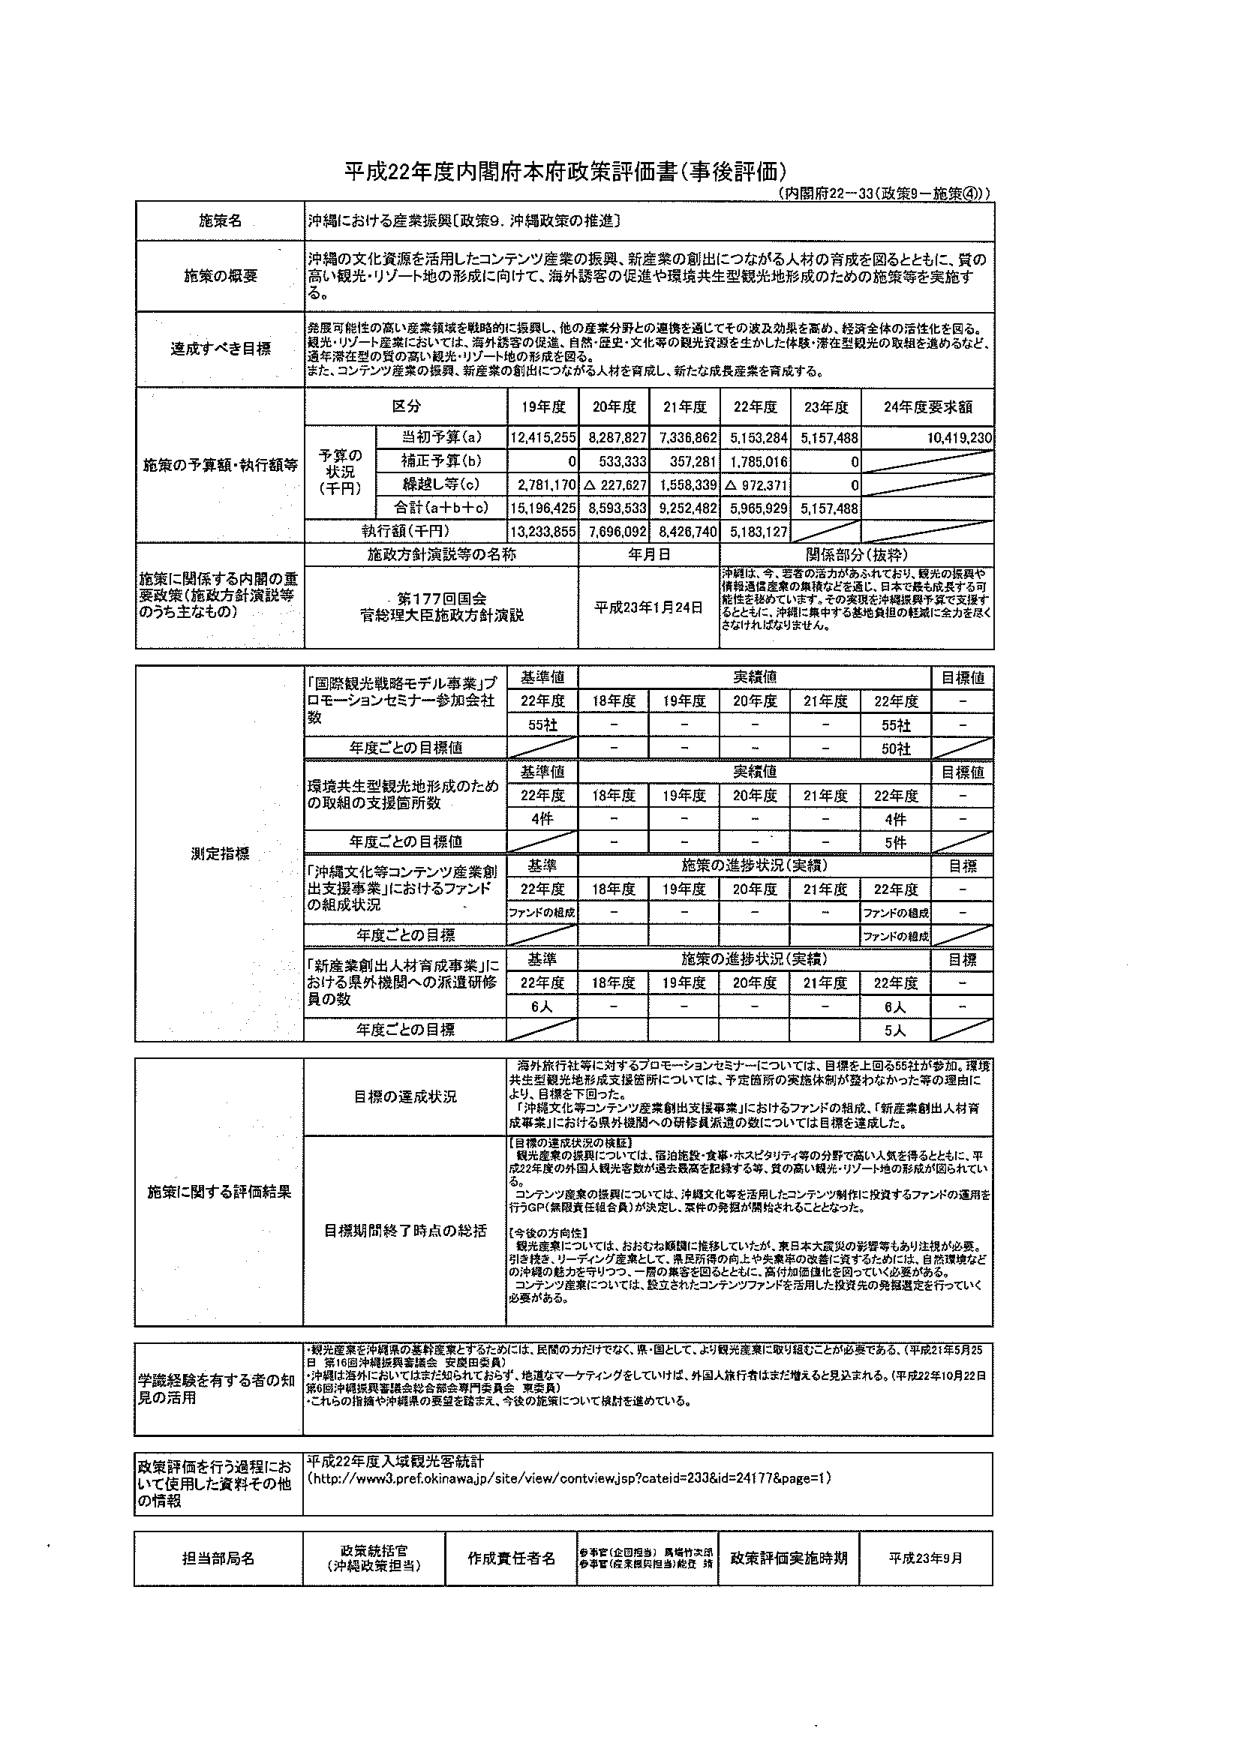
平成22年度内閣府本府政策評価書（事後評価）
（内閣府22－33（政策9－施策⑨））

施策名
沖縄における産業振興〔政策9．沖縄政策の推進〕

施策の概要
沖縄の文化資源を活用したコンテンツ産業の振興、新産業の創出につながる人材の育成を図るとともに、質の高い観光・リゾート地の形成に向けて、海外誘客の促進や環境共生型観光地形成のための施策等を実施する。

達成すべき目標
発展可能性の高い産業領域を戦略的に振興し、他の産業分野との連携を通じてその波及効果を高め、経済全体の活性化を図る。観光・リゾート産業においては、海外誘客の促進、自然・歴史・文化等の観光資源を生かした体験・滞在型観光の取組を進めるとともに、過年度型の質の高い観光・リゾート地の形成を図る。また、コンテンツ産業の振興、新産業の創出につながる人材を育成し、新たな成長産業を育成する。

施策の予算額・執行額等
区分 19年度 20年度 21年度 22年度 23年度 24年度要求額
予算の状況（千円）
当初予算（a） 12,415,255 8,287,827 7,336,862 5,153,284 5,157,498 10,419,230
補正予算（b） 0 533,333 357,281 1,785,016 0
繰越し等（c） 2,781,170 △ 227,627 1,558,339 △ 972,371 0
合計（a＋b＋c） 15,196,425 8,593,533 9,252,482 5,965,929 5,157,498
執行額（千円） 13,233,855 7,696,092 8,426,740 5,183,127

施策に関係する内閣の重要政策（施政方針演説等のうち主なもの）
施政方針演説等の名称 年月日 関係部分（抜粋）
第177回国会 官房長官大臣施政方針演説 平成23年1月24日 沖縄は、今、若者の活力がふされており、観光の振興や情報通信産業の集積などを通じ、日本で最も成長する可能性を秘めています。その実現を沖縄振興予算で支援するとともに、沖縄に集中する基地負担の軽減に全力を尽くさなければなりません。

測定指標
「国際観光戦略モデル事業」プロモーションセミナー参加会社数
基準値 実績値 目標値
22年度 18年度 19年度 20年度 21年度 22年度
55社 － － － － 55社 －
年度ごとの目標値 － － － － － 50社

環境共生型観光地形成のための取組の支援箇所数
基準値 実績値 目標値
22年度 18年度 19年度 20年度 21年度 22年度
4件 － － － － 4件 －
年度ごとの目標値 － － － － － 5件

「沖縄文化等コンテンツ産業創出支援事業」におけるファンドの組成状況
基準値 施策の進捗状況（実績） 目標
22年度 18年度 19年度 20年度 21年度 22年度
ファンドの組成 － － － － － ファンドの組成 －
年度ごとの目標 ファンドの組成

「新産業創出人材育成事業」における県外機関への派遣研修員の数
基準値 施策の進捗状況（実績） 目標
22年度 18年度 19年度 20年度 21年度 22年度
6人 － － － － 6人 －
年度ごとの目標 5人

施策に関する評価結果
目標の達成状況
海外旅行社等に対するプロモーションセミナーについては、目標を上回る55社が参加。環境共生型観光地形成支援箇所については、予定箇所の実施体制が整わなかった等の理由により、目標を下回った。「沖縄文化等コンテンツ産業創出支援事業」におけるファンドの組成、「新産業創出人材育成事業」における県外機関への研修員派遣の数については目標を達成した。

目標期間終了時点の総括
【目標の達成状況の概要】
観光産業の振興については、宿泊施設・食事・ホスピタリティ等の分野で高い人気を得るとともに、平成22年度の外国人観光客数が過去最高を記録する等、質の高い観光・リゾート地の形成が図られている。
コンテンツ産業の振興については、沖縄文化等を活用したコンテンツ制作に投資するファンドの運用を行うGP（無限責任組合員）が決定し、案件の発掘が開始されることとなった。
【今後の方向性】
観光産業については、おおむね順調に推移していたが、東日本大震災の影響等もあり注視が必要。引き続き、リゾート産業として、県民所得の向上や若年層の就職に資するためには、自然環境などの沖縄の魅力を守りつつ、一層の集客を図るとともに、高付加価値化を図っていく必要がある。コンテンツ産業については、設立されたコンテンツファンドを活用した投資先の発掘選定を行っていく必要がある。

学識経験を有する者の知見の活用
*観光産業を沖縄県の基幹産業とするためには、民間の方だけでなく、県・国として、より観光産業に取り組むことが必要である。（平成21年5月25日 第16回沖縄振興審議会 安藤由美員）
・沖縄は海外においてはまだ知られておらず、地道なマーケティングをしていけば、外国人旅行者はまだ増えると見込まれる。（平成22年10月22日 第6回沖縄振興審議会総合部会専門委員会 賀美員）
・これらの指摘や沖縄県の要望を踏まえ、今後の施策について検討を進めている。

政策評価を行う過程において使用した資料その他
平成22年度入域観光客統計
（http://www3.pref.okinawa.jp/site/view/contview.jsp?cateid=2336&id=24177&page=1）

担当部局名 政策統括官（沖縄政策担当） 作成責任者名 参事官（企画担当）馬場村次郎 参事官（産業振興担当）乾立 翔 政策評価実施時期 平成23年9月